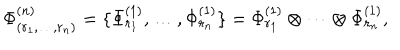
LaTeX: \Phi _ { ( r _ { 1 } , \ldots , r _ { n } ) } ^ { ( n ) } = \{ \Phi _ { r _ { 1 } } ^ { ( 1 ) } , \ldots , \Phi _ { r _ { n } } ^ { ( 1 ) } \} = \Phi _ { r _ { 1 } } ^ { ( 1 ) } \otimes \cdots \otimes \Phi _ { r _ { n } } ^ { ( 1 ) } ,